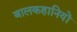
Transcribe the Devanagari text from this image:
बालकहानियों